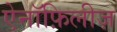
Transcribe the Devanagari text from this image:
ऐनॉफ़िलीज़